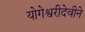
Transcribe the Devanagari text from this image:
योगेश्वरीदेवीने